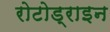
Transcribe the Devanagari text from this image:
रोटोड्राइन